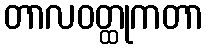
တာလဝတ္ထုကတာ